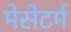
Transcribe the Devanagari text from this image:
मेसेटर्म